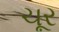
ચૂર